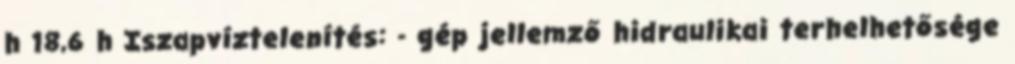
h 18,6 h Iszapvíztelenítés: - gép jellemző hidraulikai terhelhetősége